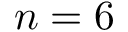
n = 6